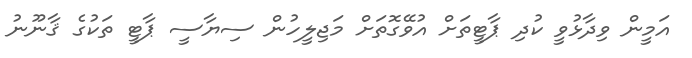
އަމީން ވިދާޅުވީ ކުދި ޕާޓީތަށް އުވޭގޮތަށް މަޖިލީހުން ސިޔާސީ ޕާޓީ ތަކުގެ ޤާނޫނު